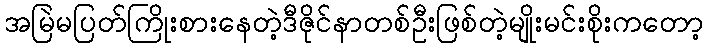
အမြဲမပြတ်ကြိုးစားနေတဲ့ဒီဇိုင်နာတစ်ဦးဖြစ်တဲ့မျိုးမင်းစိုးကတော့